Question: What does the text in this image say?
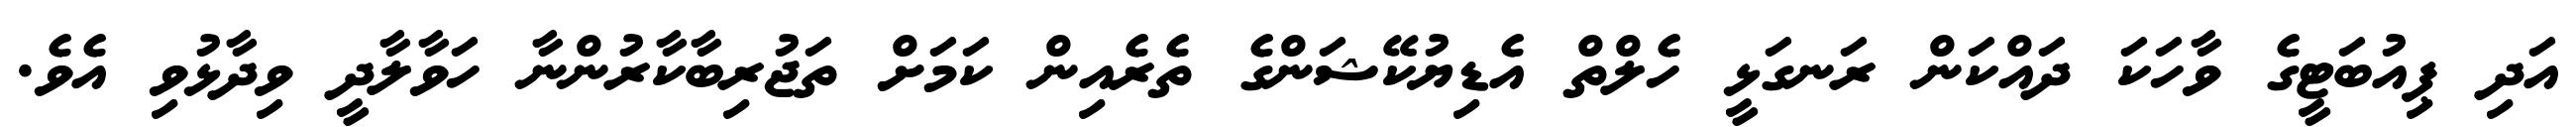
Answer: އަދި ޕިއުބަޓީގެ ވާހަކަ ދައްކަން ރަނގަޅީ ހެލްތް އެޑިޔުކޭޝަންގެ ތެރެއިން ކަމަށް ތަޖުރިބާކާރުންނާ ހަވާލާދީ ވިދާޅުވި އެވެ.